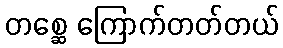
တစ္ဆေ ကြောက်တတ်တယ်